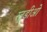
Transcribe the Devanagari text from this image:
स्टूडीओ